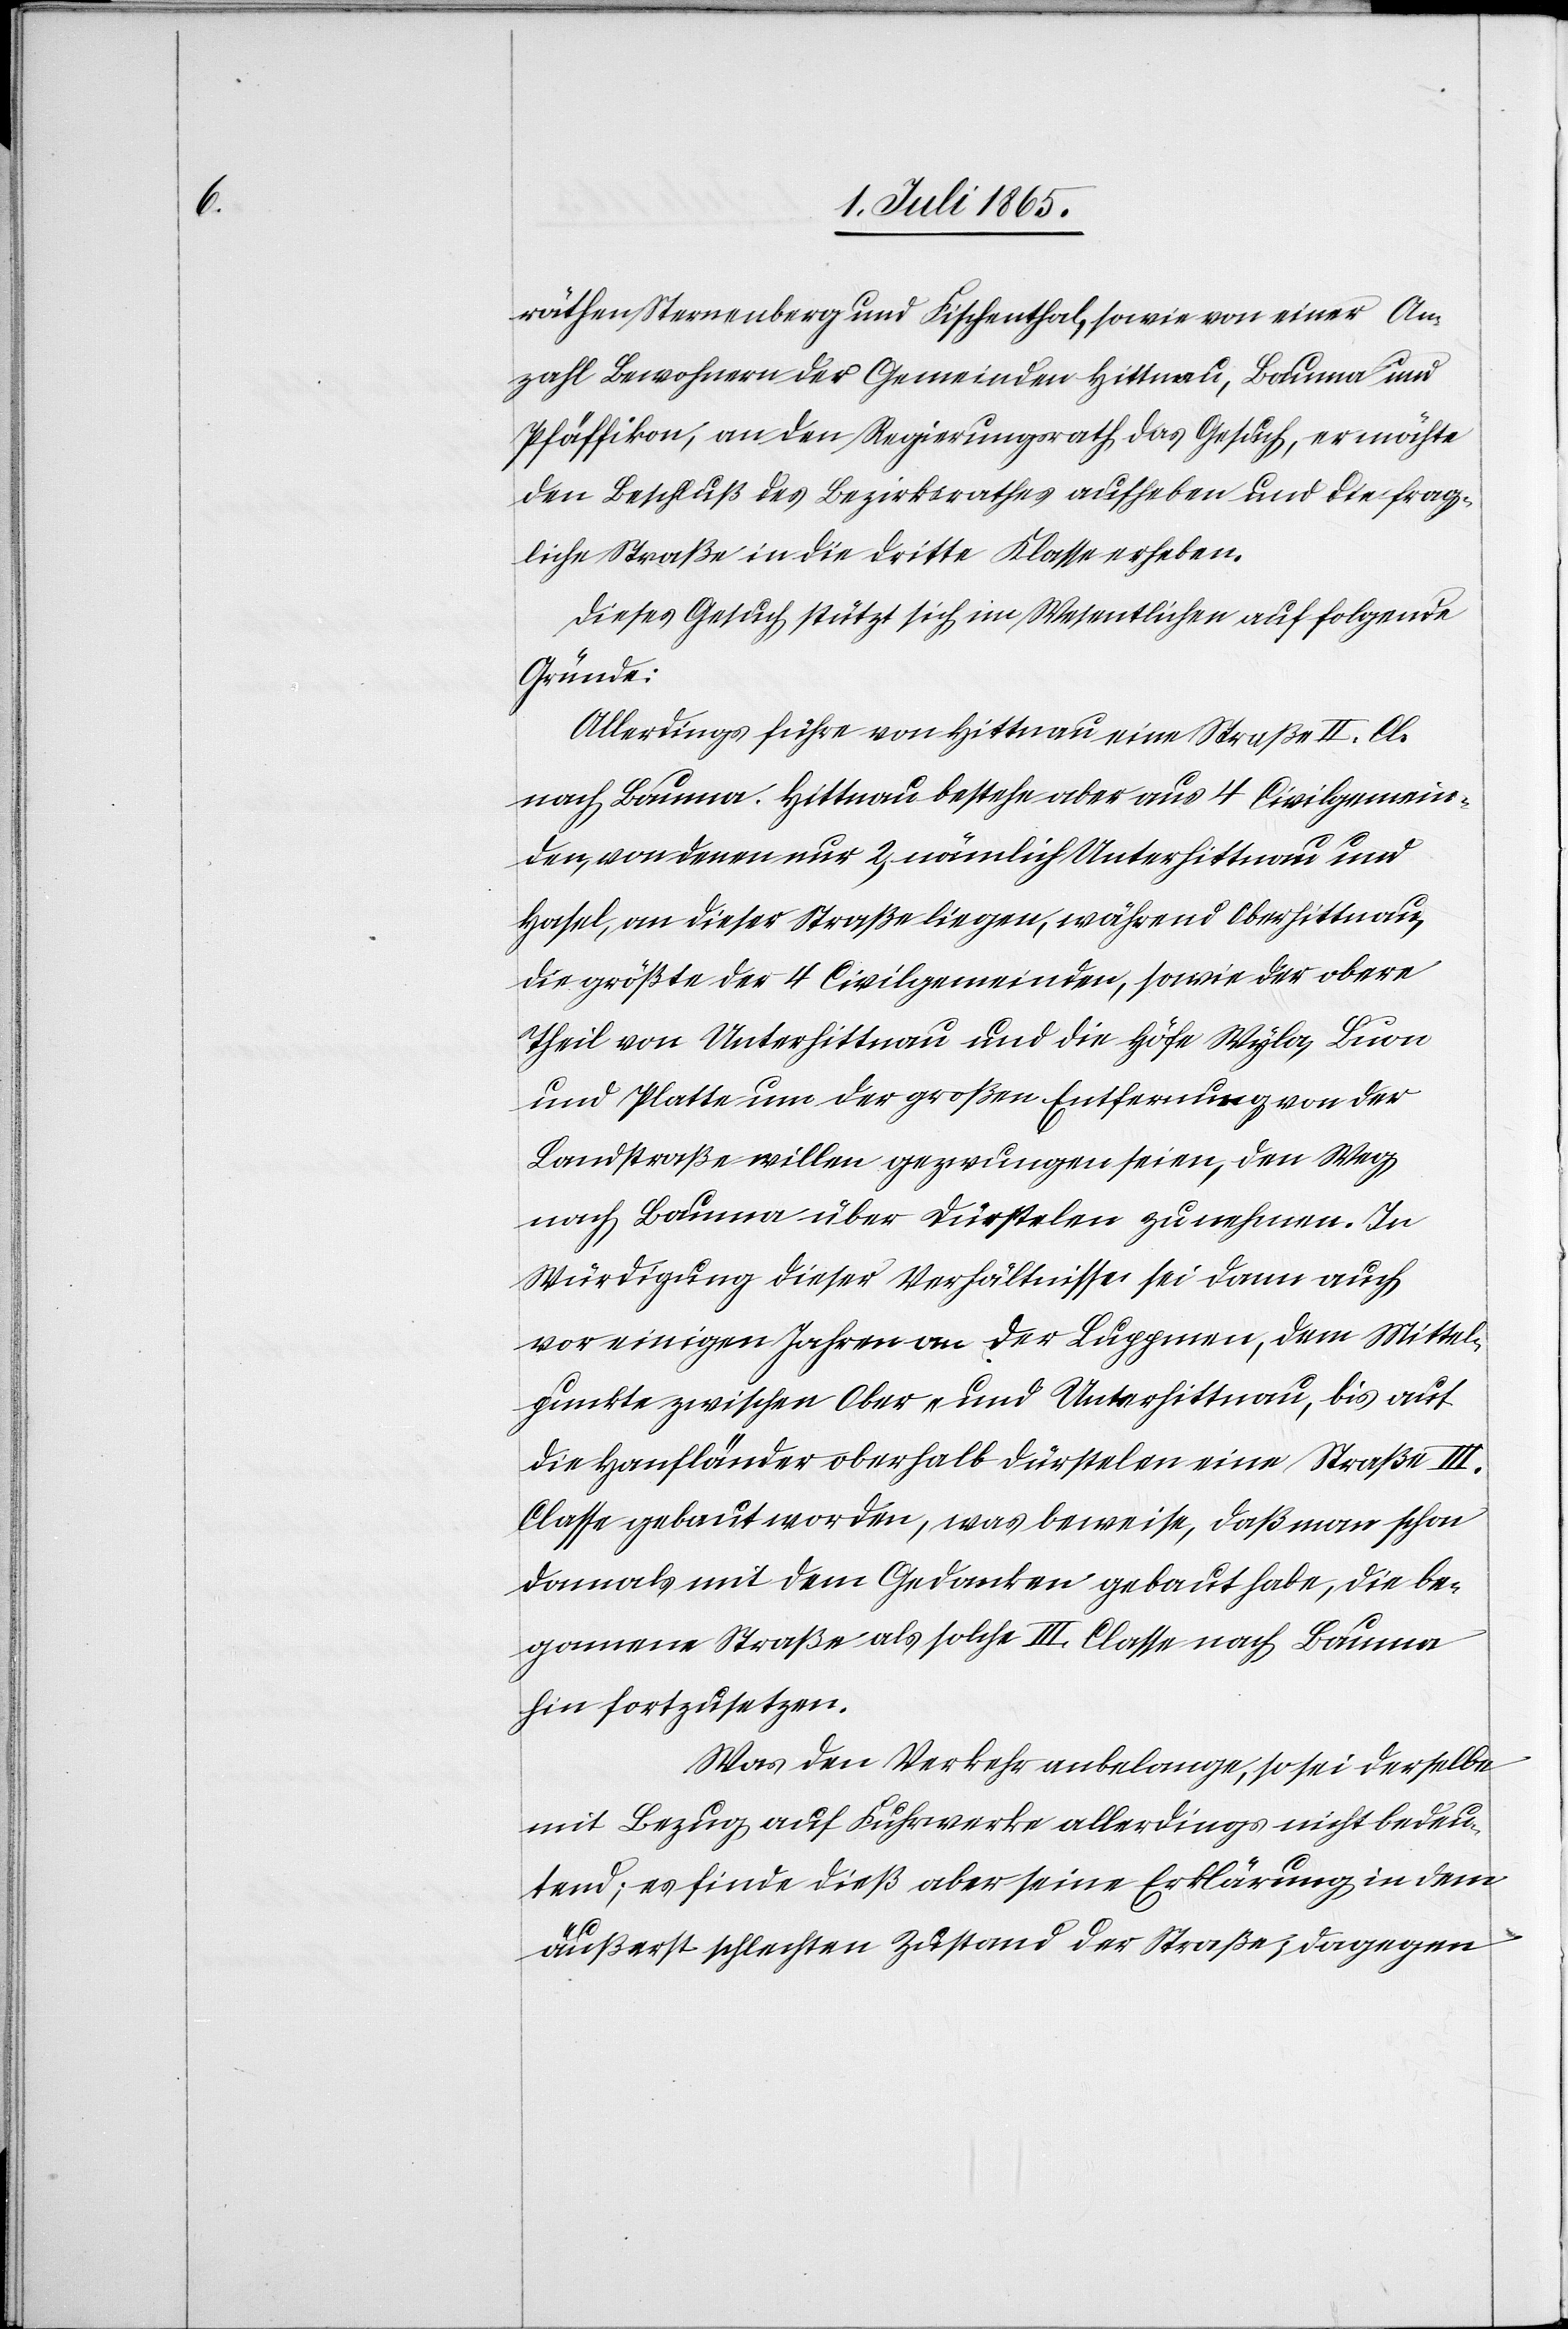
räthen Sternenberg und Fischenthal, sowie von einer An¬
zahl Bewohnern der Gemeinden Hittnau, Bauma und
Pfäffikon, an den Regierungsrath das Gesuch, er möchte
den Beschluß des Bezirksrathes aufheben und die frag¬
liche Straße in die dritte Klasse erheben.
Dieses Gesuch stützt sich im Wesentlichen auf folgende
Gründe:
Allerdings führe von Hittnau eine Straße II. Cl.
nach Bauma. Hittnau bestehe aber aus 4 Civilgemein¬
den, von denen nur 2, nämlich Unterhittnau und
Hasel, an dieser Straße liegen, während Oberhittnau,
die größte der 4 Civilgemeinden, sowie der obere
Theil von Unterhittnau und die Höfe Wyla, Buon
und Platte um der großen Entfernung von der
Landstraße willen gezwungen seien, den Weg
nach Bauma über Dürstelen zu nehmen. In
Würdigung dieser Verhältnisse sei dann auch
vor einigen Jahren von der Luppmen, dem Mittel¬
punkte zwischen Ober- und Unterhittnau, bis auf
die Hanfländer oberhalb Dürstelen eine Straße III.
Classe gebaut worden, was beweise, daß man schon
damals mit dem Gedanken gebaut habe, die be¬
gonnene Straße als solche III. Classe nach Bauma
hin fortzusetzen.
Was den Verkehr anbelange, so sei derselbe
mit Bezug auf Fuhrwerke allerdings nicht bedeu¬
tend; es finde dieß aber seine Erklärung in dem
äußerst schlechten Zustand der Straße; dagegen